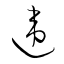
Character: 違